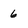
Character: 6